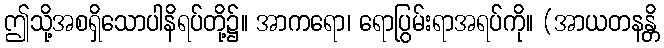
ဤသို့အစရှိသောပါနိရပ်တို့၌။ အာကရော၊ ရောပြွမ်းရာအရပ်ကို။ (အာယတနန္တိ